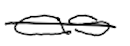
Text: as
Cross-out: single-line
Writing tool: digital_black